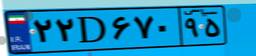
۲۲D۶۷۰۹۵